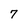
Character: 7